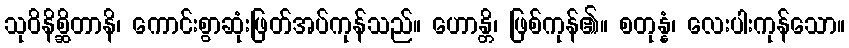
သုဝိနိစ္ဆိတာနိ၊ ကောင်းစွာဆုံးဖြတ်အပ်ကုန်သည်။ ဟောန္တိ၊ ဖြစ်ကုန်၏။ စတုန္နံ၊ လေးပါးကုန်သော။